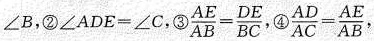
∠B，②$$∠ A D E = ∠ C$$，③$$\frac { A E } { A B } = \frac { D E } { B C }$$，④$$\frac { A D } { A C } = \frac { A E } { A B }$$，